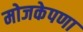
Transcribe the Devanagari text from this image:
मोजकेपणा